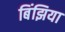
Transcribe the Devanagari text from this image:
बिंझिया